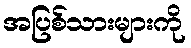
အပြစ်သားများကို